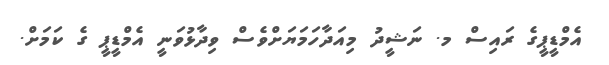
އެމްޑީޕީގެ ރައިސް މ. ނަޝީދު މިއަދާހަމަޔަށްވެސް ވިދާޅުވަނީ އެމްޑީޕީ ގެ ކަމަށް.